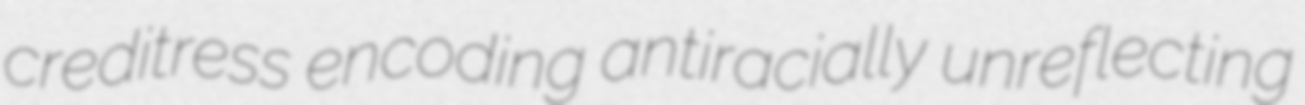
creditress encoding antiracially unreflecting